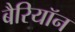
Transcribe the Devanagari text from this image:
बैरियॉन